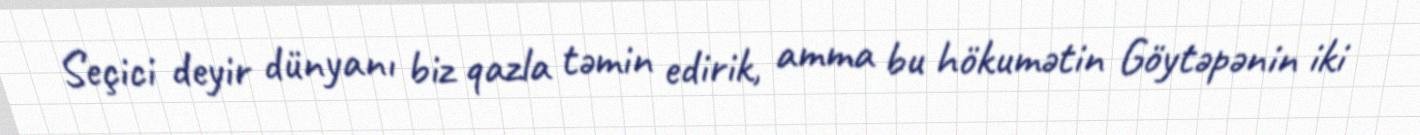
Seçici deyir dünyanı biz qazla təmin edirik, amma bu hökumətin Göytəpənin iki